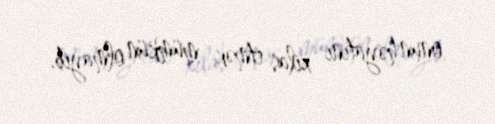
onun həyatını xilas etmək mümkün olmayıb.